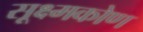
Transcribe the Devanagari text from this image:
सूक्ष्मकोण